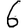
Digit: 6